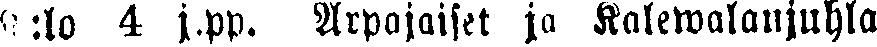
K:lo 4 j.pp. Arpajaiset ja Kalewalanjuhla